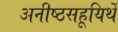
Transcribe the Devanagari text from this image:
अनीष्ठसहूयिर्थे